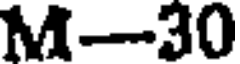
M-30